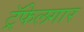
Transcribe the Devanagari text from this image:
ट्रॅफेलगार